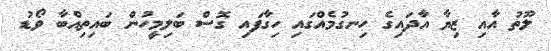
ލޫތު އާއި ޒިޔާ އާދައިގެ ހިނގުމެއްގައި ހިގާފައި ގޮސް ބަލިމީހުން ބައިތިއްބާ ވޯޑު